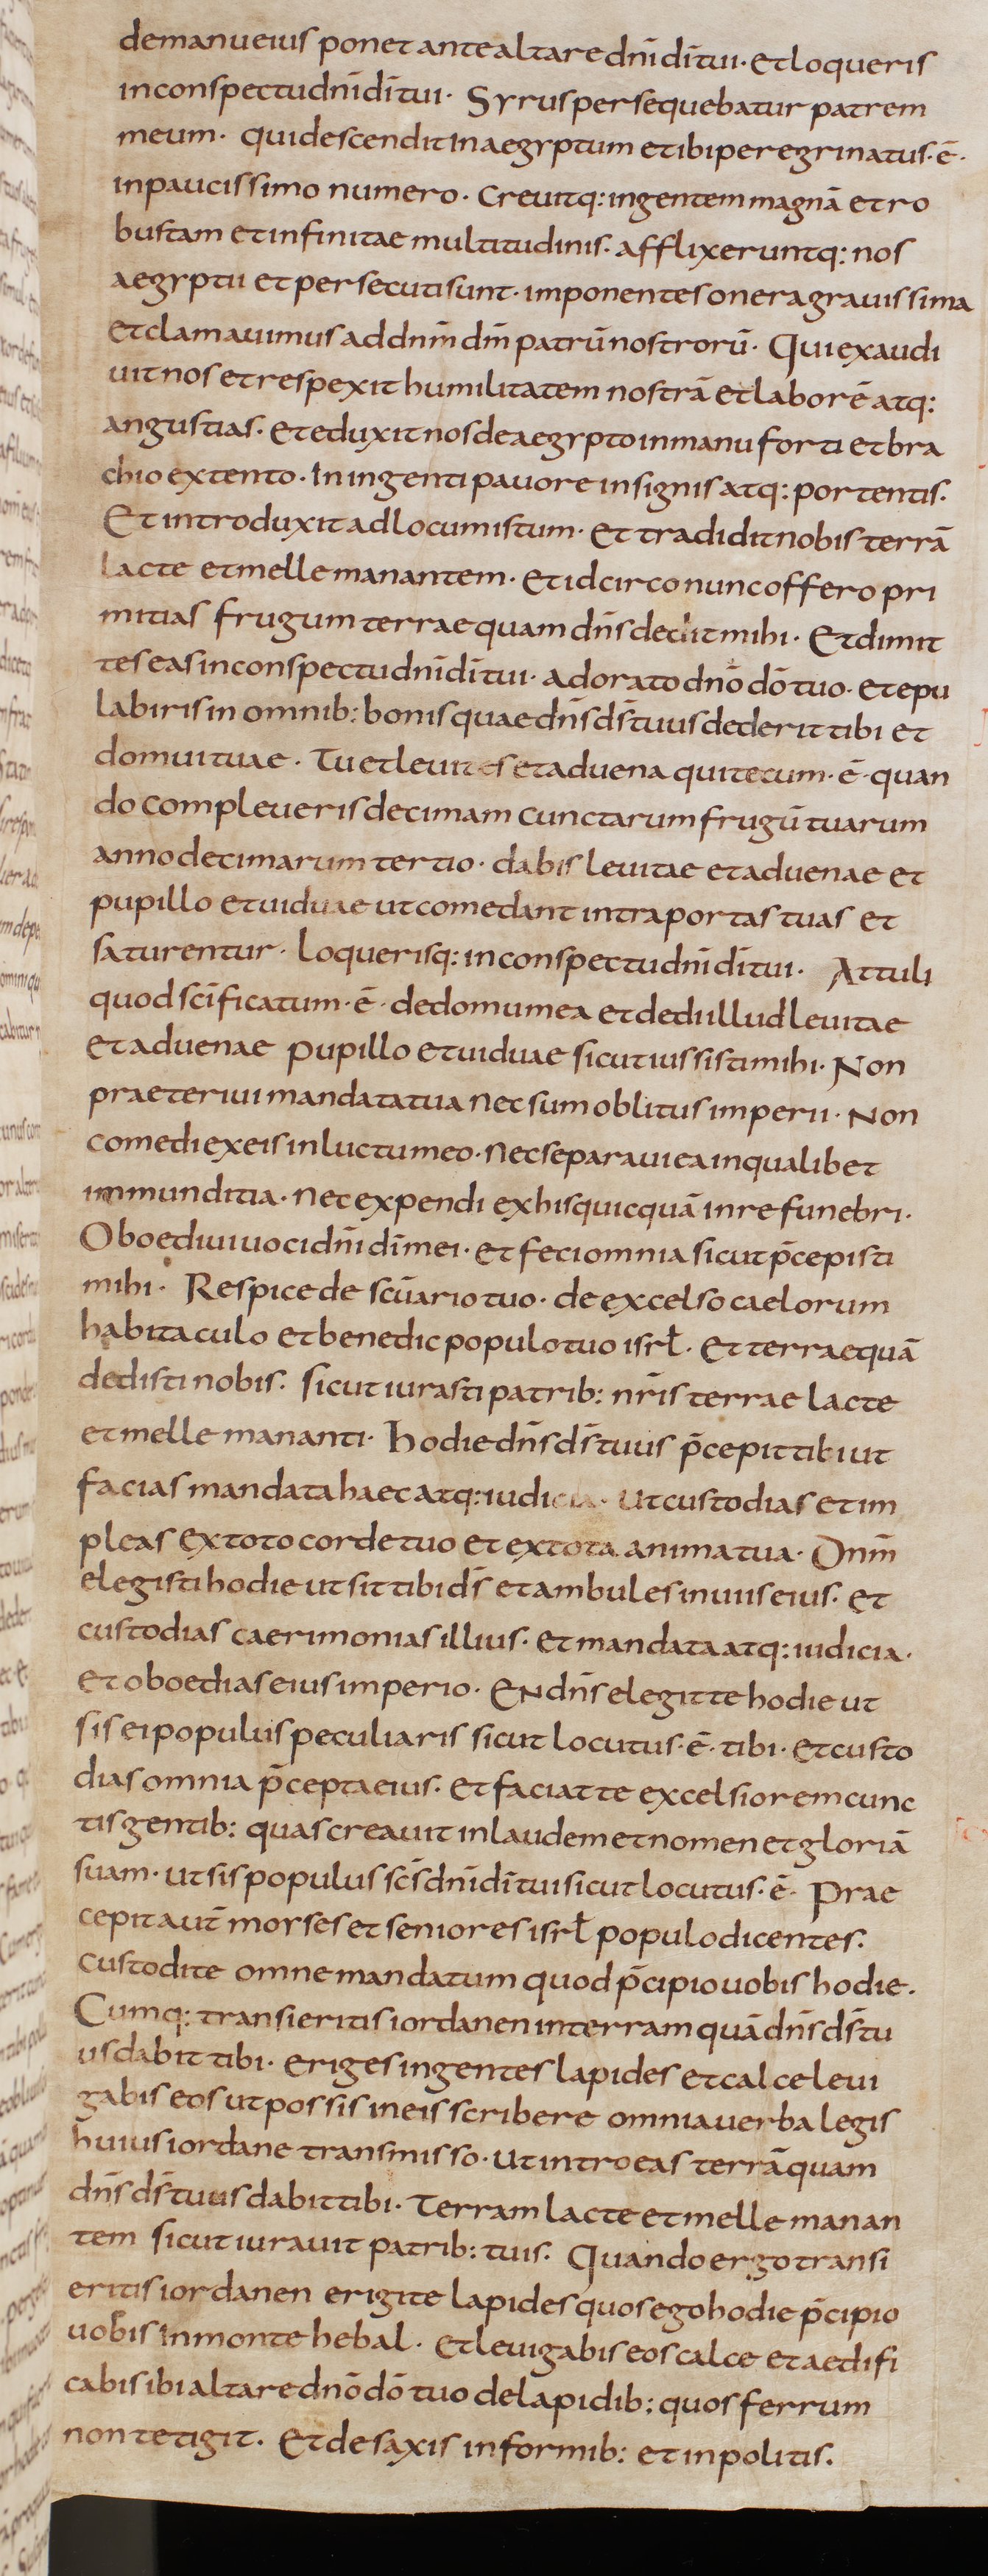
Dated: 805–845